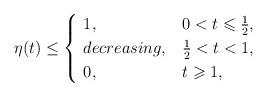
LaTeX: \begin{align*}\eta(t)\leq\begin{cases}\ 1, &0<t\leqslant\frac{1}{2},\\\ decreasing, &\frac{1}{2}<t<1,\\\ 0, &t\geqslant1,\end{cases}\end{align*}